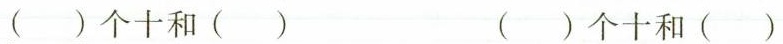
（）个十和（） （）个十和（）